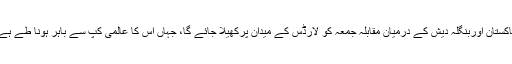
پاکستان اوربنگلہ دیش کے درمیان مقابلہ جمعہ کو لارڈس کے میدان پرکھیلا جائے گا، جہاں اس کا عالمی کپ سے باہر ہونا طے ہے۔